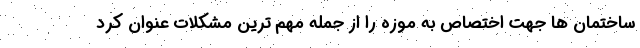
ساختمان ها جهت اختصاص به موزه را از جمله مهم ترین مشکلات عنوان کرد